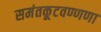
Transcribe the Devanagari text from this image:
समंतकूटवण्णणा